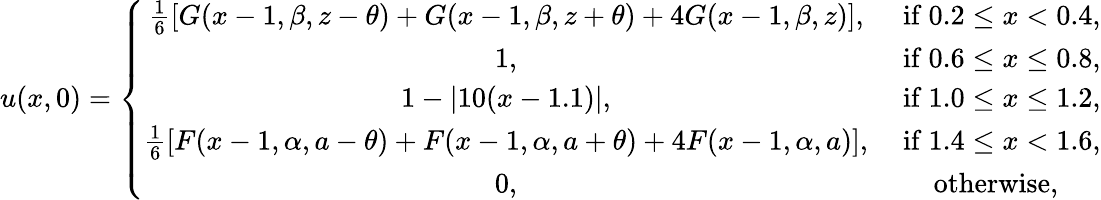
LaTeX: u(x,0)=\left\{ \begin{array}{cc}{\frac{1}{6}[G(x-1,\beta,z-\theta)+G(x-1,\beta,z+\theta)+4G(x-1,\beta,z)],}&{\mathrm{~if~}0.2\leq x<0.4,}\\ {1,}&{\mathrm{~if~}0.6\leq x\leq 0.8,}\\ {1-|10(x-1.1)|,}&{\mathrm{~if~}1.0\leq x\leq 1.2,}\\ {\frac{1}{6}[F(x-1,\alpha,a-\theta)+F(x-1,\alpha,a+\theta)+4F(x-1,\alpha,a)],}&{\mathrm{~if~}1.4\leq x<1.6,}\\ {0,}&{\mathrm{~otherwise,~}}\end{array}\right.